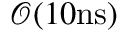
\mathcal { O } ( 1 0 \mathrm { n s } )